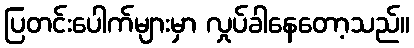
ပြတင်းပေါက်များမှာ လှုပ်ခါနေတော့သည်။